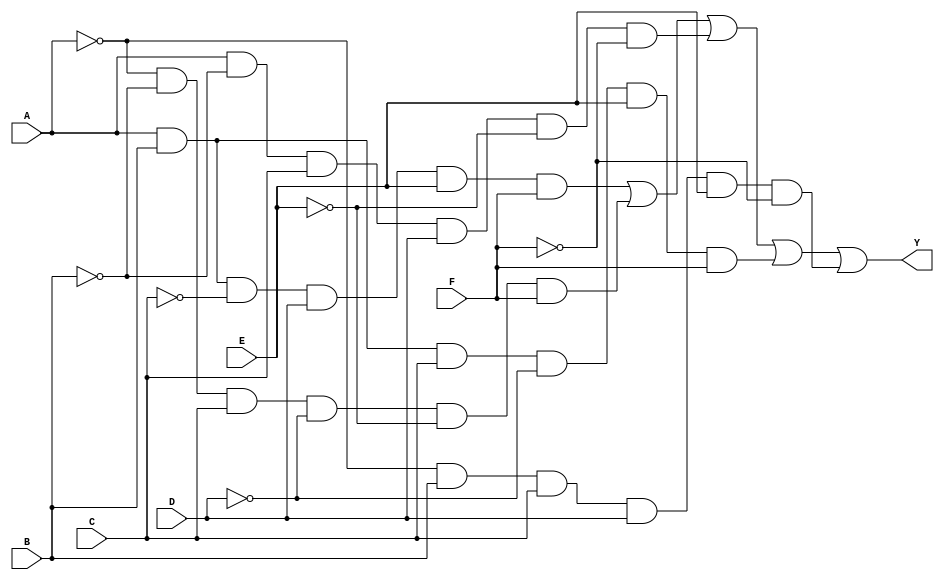
module kmap_6_variable (
    input wire A,  // First input
    input wire B,  // Second input
    input wire C,  // Third input
    input wire D,  // Fourth input
    input wire E,  // Fifth input
    input wire F,  // Sixth input
    output wire Y  // Output
);

// The simplified Boolean expression derived from the K-map will be implemented here
// The following expression is an example. Please replace it with your derived expression.
assign Y = 
    (A & B & ~C & D & E & F) |  // Example term 1
    (~A & ~B & C & ~D & ~E & F) |  // Example term 2
    (A & ~B & C & D & ~E & ~F) |  // Example term 3
    (A & B & C & ~D & E & F) |  // Example term 4
    (~A & B & C & D & E & ~F); // Example term 5

endmodule